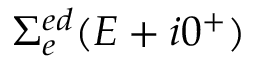
\Sigma _ { e } ^ { e d } ( E + i 0 ^ { + } )